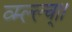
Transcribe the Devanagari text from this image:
व्म्ल्ल्च्।।